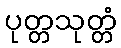
ပုတ္တသုတ္တံ